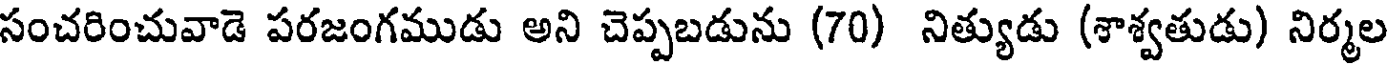
సంచరించువాడె పరజంగముడు అని చెప్పబడును (70) నిత్యుడు (శాశ్వతుడు) నిర్మల